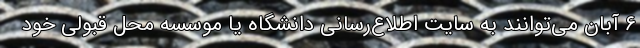
۶ آبان می‌توانند به سایت اطلاع‌رسانی دانشگاه یا موسسه محل قبولی خود